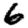
Digit: 6